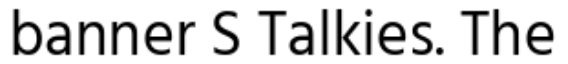
banner S Talkies. The